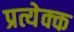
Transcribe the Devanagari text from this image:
प्रत्येक्क